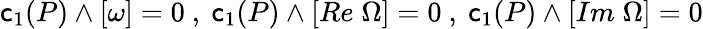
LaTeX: \mathsf{c}_{1}(P)\wedge[\omega]=0~,~\mathsf{c}_{1}(P)\wedge[Re\; \Omega]=0~,~\mathsf{c}_{1}(P)\wedge[Im\; \Omega]=0